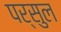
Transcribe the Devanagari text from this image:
पर्सुल